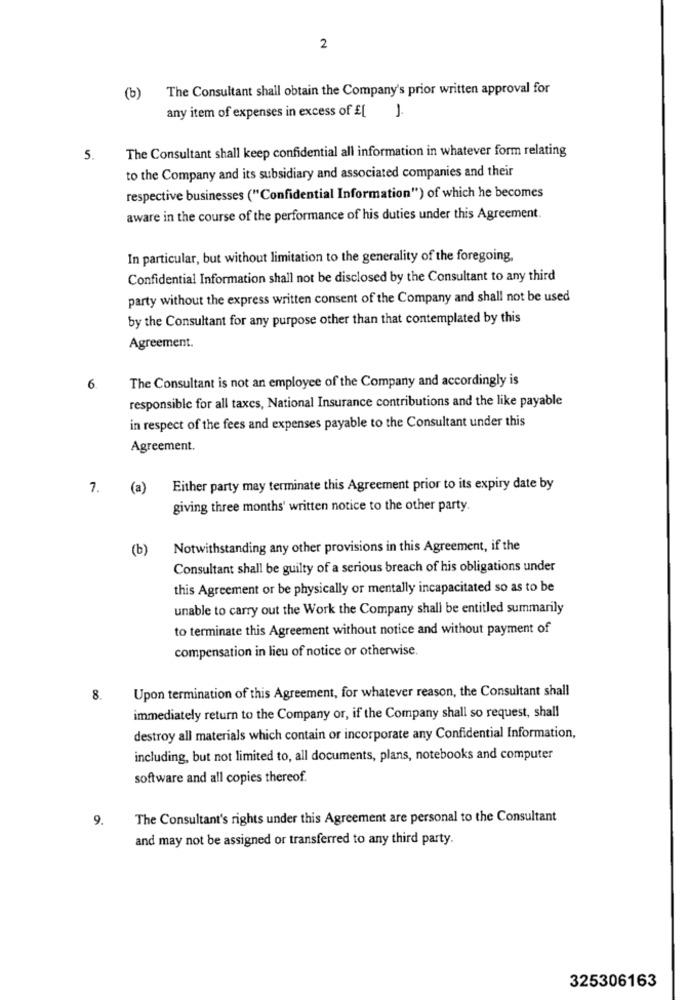
2
(b) The Consultant shall obtain the Company's prior written approval for
any item of expenses in excess of £[ ].
The Consultant shall keep confidential all information in whatever form relating
5.
to the Company and its subsidiary and associated companies and their
respective businesses ("Confidential Information") of which he becomes
aware in the course of the performance of his duties under this Agreement.
In particular, but without limitation to the generality of the foregoing,
Confidential Information shall not be disclosed by the Consultant to any third
party without the express written consent of the Company and shall not be used
by the Consultant for any purpose other than that contemplated by this
Agreement.
The Consultant is not an employee of the Company and accordingly is
6
responsible for all taxes, National Insurance contributions and the like payable
in respect of the fees and expenses payable to the Consultant under this
Agreement.
7. (a)
Either party may terminate this Agreement prior to its expiry date by
giving three months' written notice to the other party.
(b)
Notwithstanding any other provisions in this Agreement, if the
Consultant shall be guilty of a serious breach of his obligations under
this Agreement or be physically or mentally incapacitated so as to be
unable to carry out the Work the Company shall be entitled summarily
to terminate this Agreement without notice and without payment of
compensation in lieu of notice or otherwise.
Upon termination of this Agreement, for whatever reason, the Consultant shall
8.
immediately return to the Company or, if the Company shall so request, shall
destroy all materials which contain or incorporate any Confidential Information,
including, but not limited to, all documents, plans, notebooks and computer
software and all copies thereof.
9.
The Consultant's rights under this Agreement are personal to the Consultant
and may not be assigned or transferred to any third party.
325306163